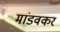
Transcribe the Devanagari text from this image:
मांडवकर